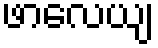
ဖာလေယျ